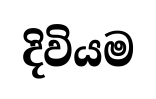
දිවියම